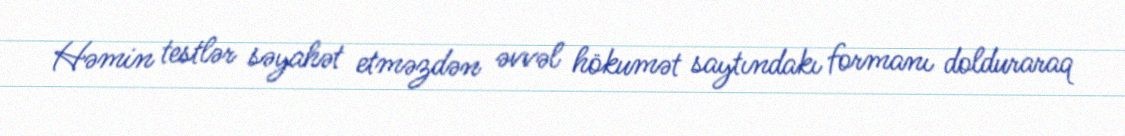
Həmin testlər səyahət etməzdən əvvəl hökumət saytındakı formanı dolduraraq